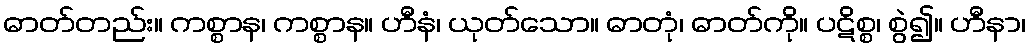
ဓာတ်တည်း။ ကစ္စာန၊ ကစ္စာန။ ဟီနံ၊ ယုတ်သော။ ဓာတုံ၊ ဓာတ်ကို။ ပဋိစ္စ၊ စွဲ၍။ ဟီနာ၊